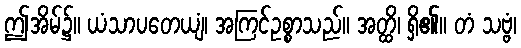
ဤအိမ်၌။ ယံသာပတေယျံ၊ အကြင်ဥစ္စာသည်။ အတ္ထိ၊ ရှိ၏။ တံ သဗ္ဗံ၊